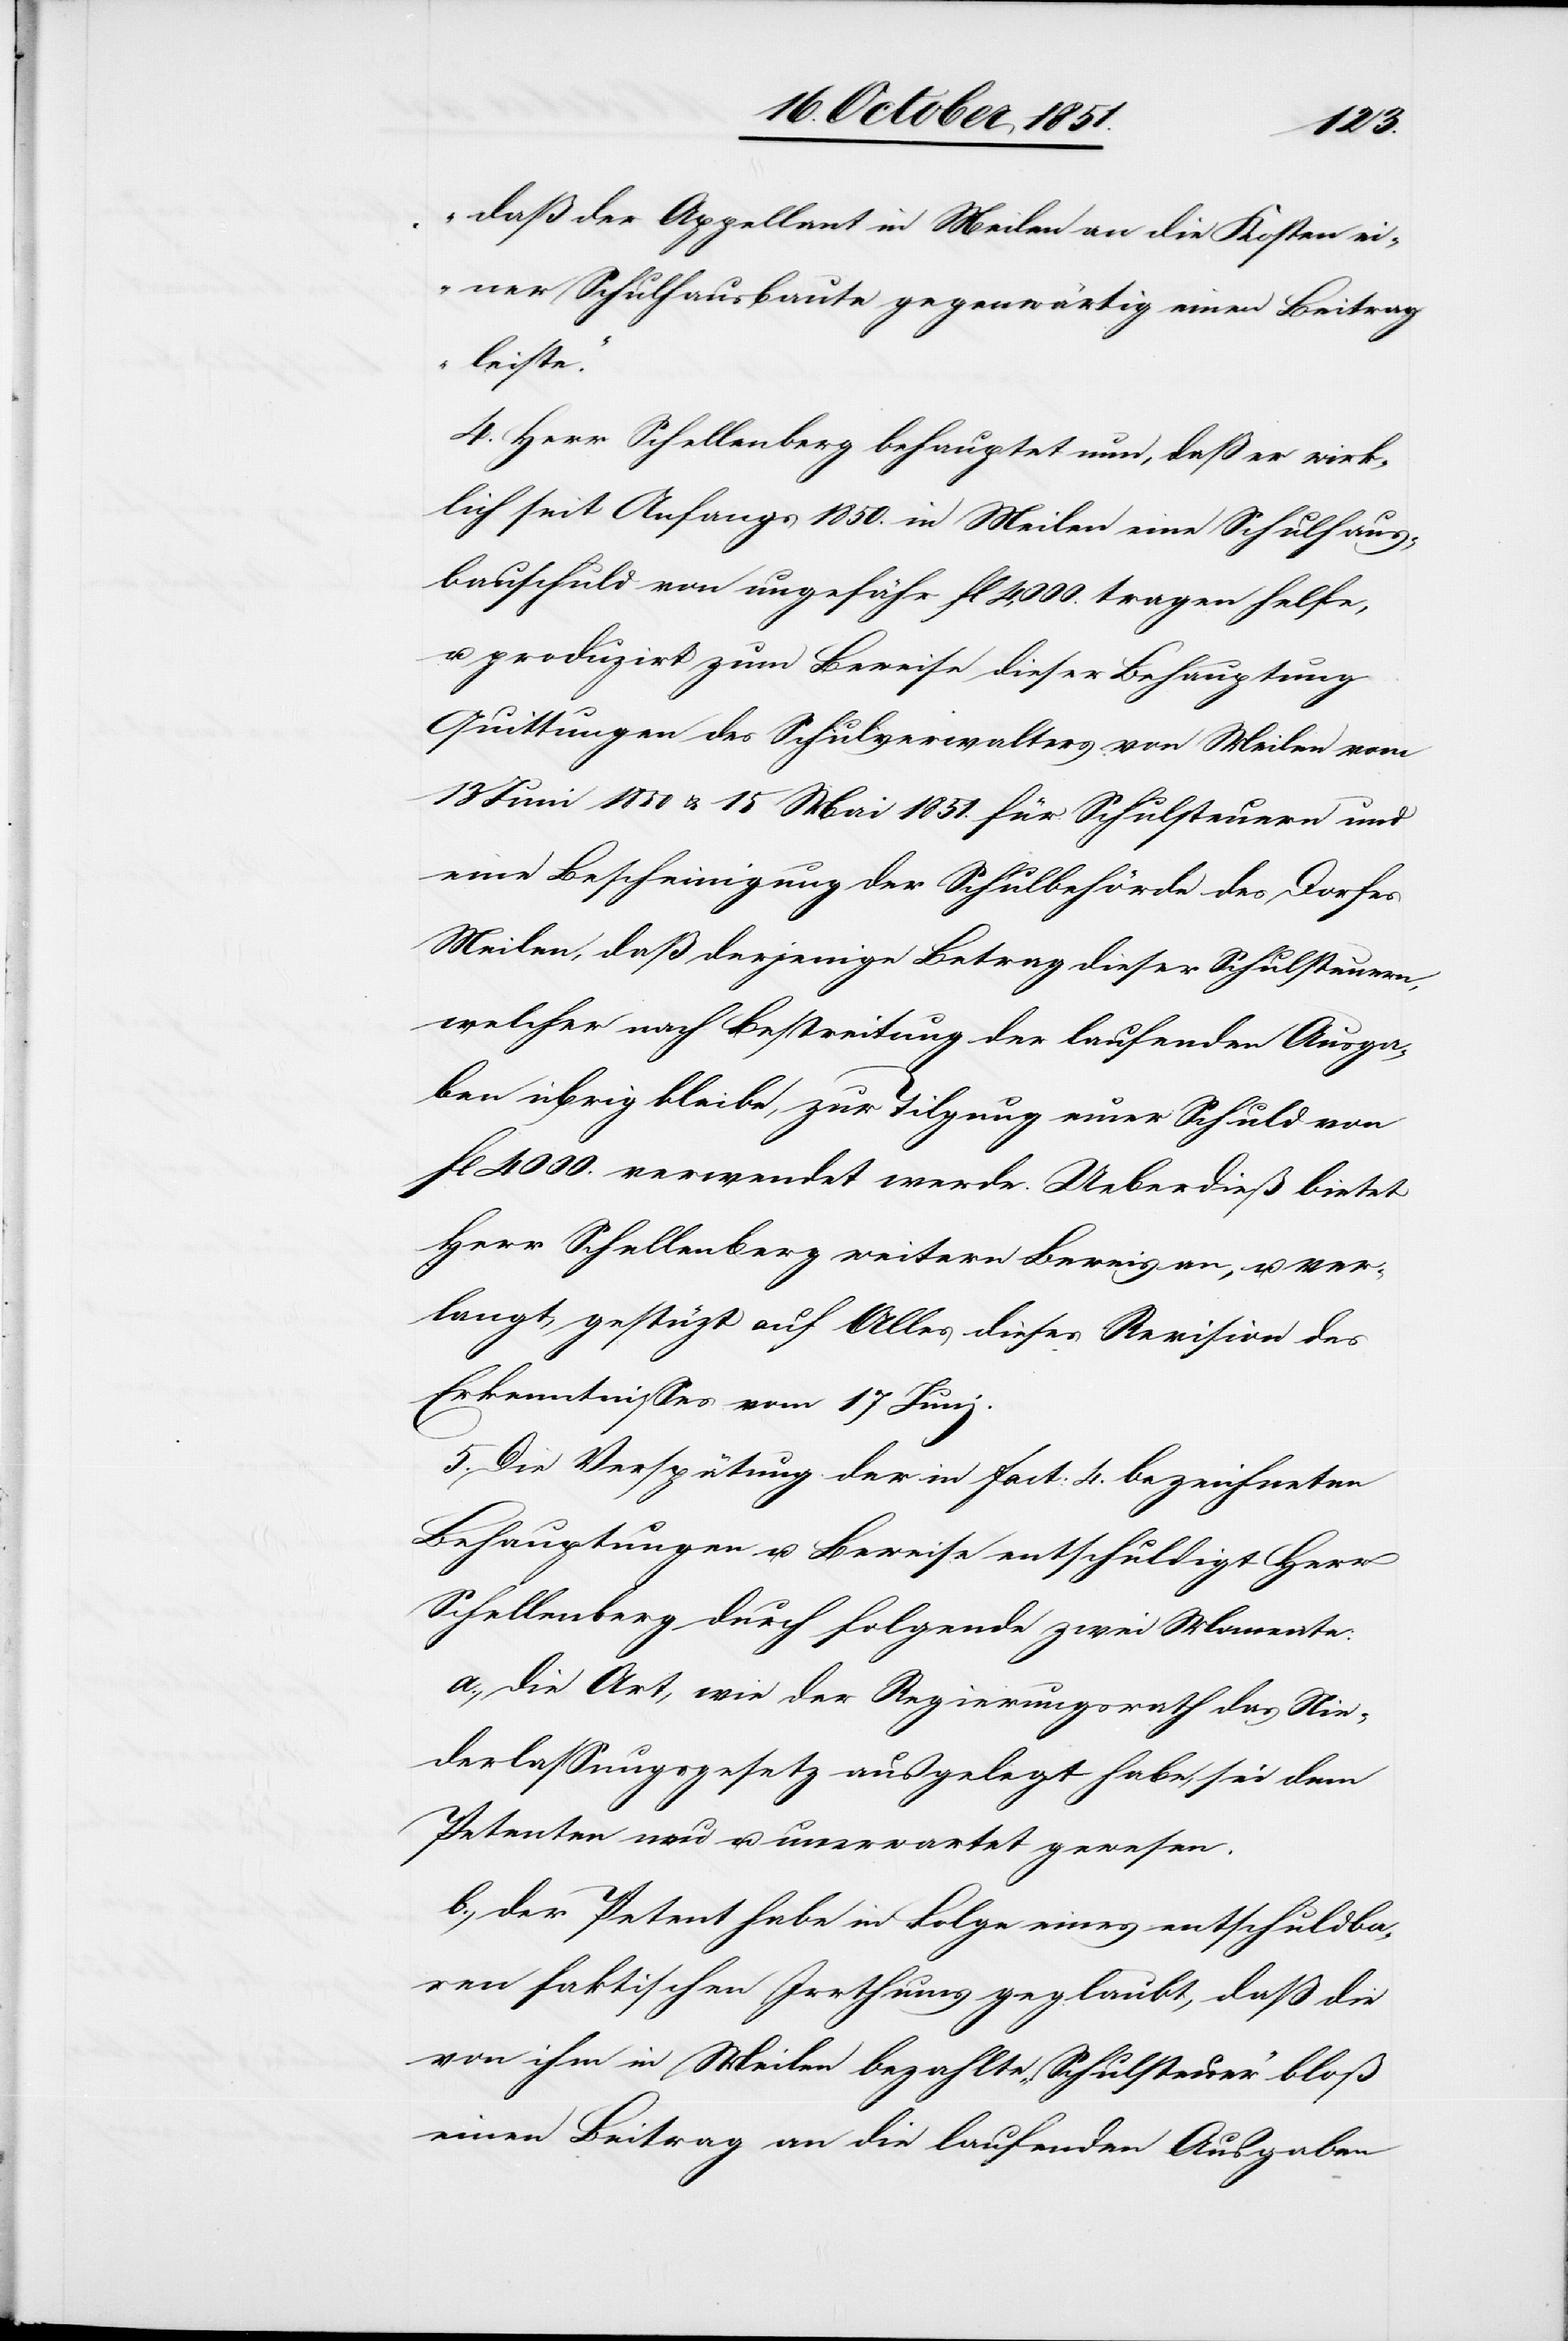
daß der Appellant in Meilen an die Kosten ei¬
ner Schulhausbaute gegenwärtig einen Beitrag
leiste.“
4. Herr Schellenberg behauptet nun, daß er wirk¬
lich seit Anfangs 1850. in Meilen eine Schulhaus¬
bauschuld von ungefähr fl 4,000. tragen helfe,
u. produzirt zum Beweise dieser Behauptung
Quittungen des Schulverwalters von Meilen vom
Juni 1850 & 15 Mai 1851. für Schulsteuern und
eine Bescheinigung der Schulbehörde des Dorfes
Meilen, daß derjenige Betrag dieser Schulsteuern,
welcher nach Bestreitung der laufenden Ausga¬
ben übrig bleibe, zur Tilgung einer Schuld von
fl 4000. verwendet werde. Ueberdieß bietet
Herr Schellenberg weitern Beweis an, u. ver¬
langt, gestützt auf Alles dieses Revision des
Erkenntnisses vom 17 Juni.
5. Die Verspätung der in Fact: 4. bezeichneten
Behauptungen u. Beweise entschuldigt Herr
Schellenberg durch folgende zwei Momente:
a., die Art, wie der Regierungsrath das Nie¬
derlassungsgesetz ausgelegt habe, sei dem
Petenten neu u. unerwartet gewesen.
b., der Petent habe in Folge eines entschuldba¬
ren faktischen Irrthums geglaubt, daß die
von ihm in Meilen bezahlte „Schulsteuer“ bloß
einen Beitrag an die laufenden Ausgaben